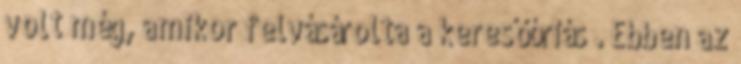
volt még, amikor felvásárolta a keresőóriás . Ebben az